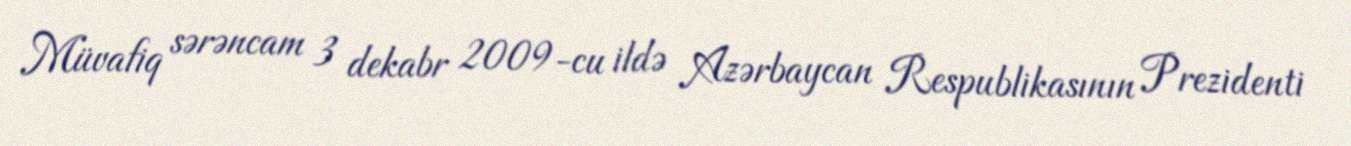
Müvafiq sərəncam 3 dekabr 2009-cu ildə Azərbaycan Respublikasının Prezidenti